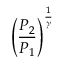
\left( { \frac { P _ { 2 } } { P _ { 1 } } } \right) ^ { \frac { 1 } { \gamma } }